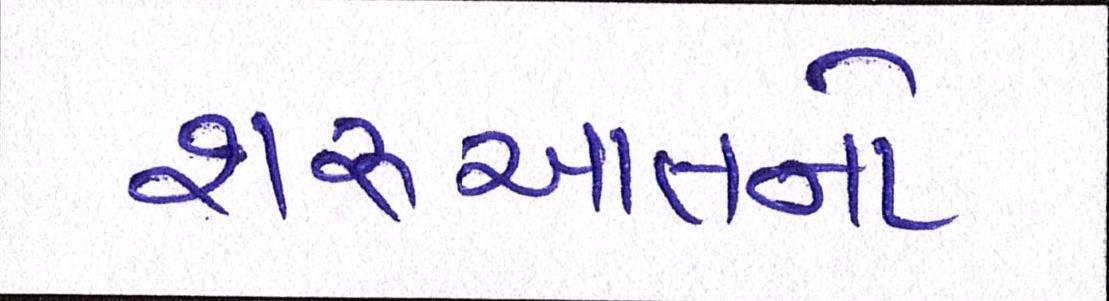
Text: શરૂઆતનો